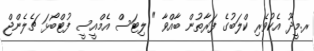
ރ.މީދޫ އެކުވެރި ކްލަބުގެ ފަރާތުން ބާއްވާ " ލިޓަސް އެމްއީސީ ފުޓްބޯޅަ ޗެލެންޖް